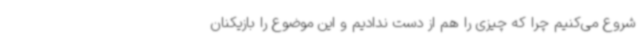
شروع می‌کنیم چرا که چیزی را هم از دست ندادیم و این موضوع را بازیکنان